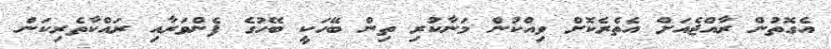
އެގޮތުން ރާއްޖެއަށް އެތެރެކޮށް ވިއްކުން މަނާކުރި ތިން ބޭހަކީ ބޭހުގެ ފެންވަރާއި ރައްކާތެރިކަން